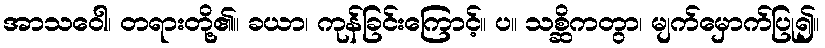
အာသဝေါ၊ တရားတို့၏။ ခယာ၊ ကုန်ခြင်းကြောင့်။ ပ။ သစ္ဆိကတွာ၊ မျက်မှောက်ပြု၍။